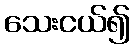
သေးငယ်၍